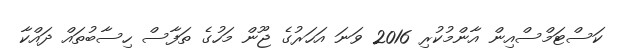
ކަސްޓަމްސްއިން އާންމުކުރި 2016 ވަނަ އަހަރުގެ ޖޫން މަހުގެ ތަފާސް ހިސާބުތައް ދައްކާ